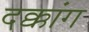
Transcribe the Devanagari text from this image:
दक्कांग